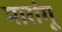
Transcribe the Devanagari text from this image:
मारांगू